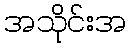
အသိုင်းအ